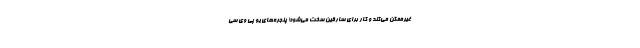
غیرممکن می‌کند و کار برای سارقین سخت می‌شود! پنجره‌های یو پی وی سی